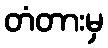
တံတားမှ